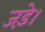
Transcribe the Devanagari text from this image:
जड़े।